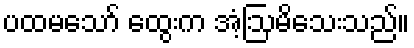
ပထမသော် ထွေးက အံ့ဩမိသေးသည်။